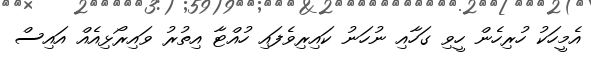
އެމީހަކު ހުރިހެން ހީވި ގަހާއި ނުހަނު ކައިރިވެފައި ހުއްޓާ އިތުރު ވައިރޯޅިއެއް އައިސް